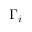
\Gamma _ { i }